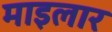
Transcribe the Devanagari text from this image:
माइलार